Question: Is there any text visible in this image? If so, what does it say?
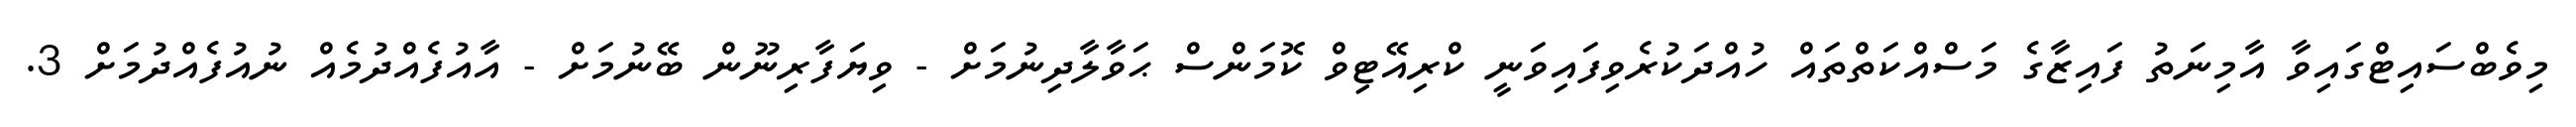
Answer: މިވެބްސައިޓްގައިވާ އާމިނަތު ފައިޒާގެ މަސްއްކަތްތައް ހުއްދަކުރެވިފައިވަނީ ކްރިއޭޓިވް ކޮމަންސް ޙަވާލާދިނުމަށް - ވިޔަފާރިނޫން ބޭނުމަށް - އާއުފެއްދުމެއް ނުއުފެއްދުމަށް 3.